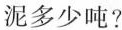
泥多少吨?